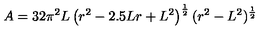
A = 3 2 \pi ^ { 2 } L \left( r ^ { 2 } - 2 . 5 L r + L ^ { 2 } \right) ^ { \frac { 1 } { 2 } } ( r ^ { 2 } - L ^ { 2 } ) ^ { \frac { 1 } { 2 } }